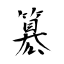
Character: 簒